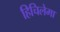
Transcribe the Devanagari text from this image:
हिचिलेमा